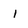
Character: 1